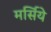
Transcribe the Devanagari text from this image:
मर्सिये